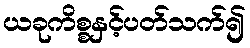
ယခုကိစ္စနှင့်ပတ်သက်၍